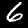
Digit: 6